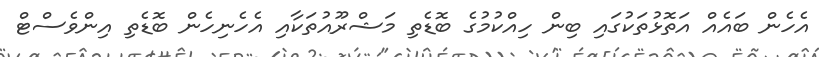
އެހެން ބައެއް އަތޮޅުތަކުގައި ބިން ހިއްކުމުގެ ބޮޑެތި މަޝްރޫއުތަކާއި އެހެނިހެން ބޮޑެތި އިންވެސްޓް